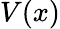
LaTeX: V(x)